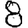
Digit: 8